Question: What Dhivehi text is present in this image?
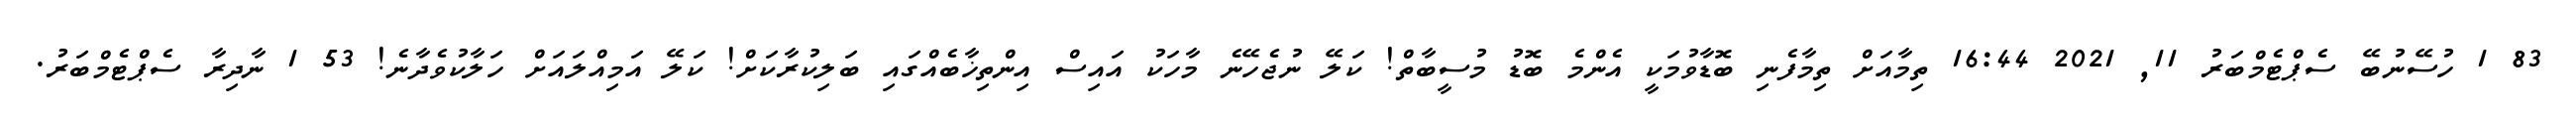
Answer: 83 1 ހުސޭނުބޭ ސެޕްޓެމްބަރު 11, 2021 16:44 ތިމާއަށް ތިމާފެނި ބޮޑާވުމަކީ އެންމެ ބޮޑު މުސީބާތް! ކަލޭ ނުޖެހޭނެ މާހަކު އައިސް އިންތިޚާބެއްގައި ބަލިކުރާކަށް! ކަލޭ އަމިއްލައަށް ހަލާކުވެދާނެ! 53 1 ނާދިރާ ސެޕްޓެމްބަރު.